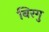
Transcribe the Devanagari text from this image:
बिरगु